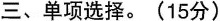
三、单项选择。(15分)